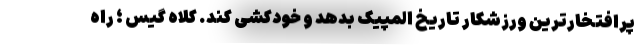
پرافتخارترین ورزشکار تاریخ المپیک بدهد و خودکشی کند. کلاه گیس ؛ راه